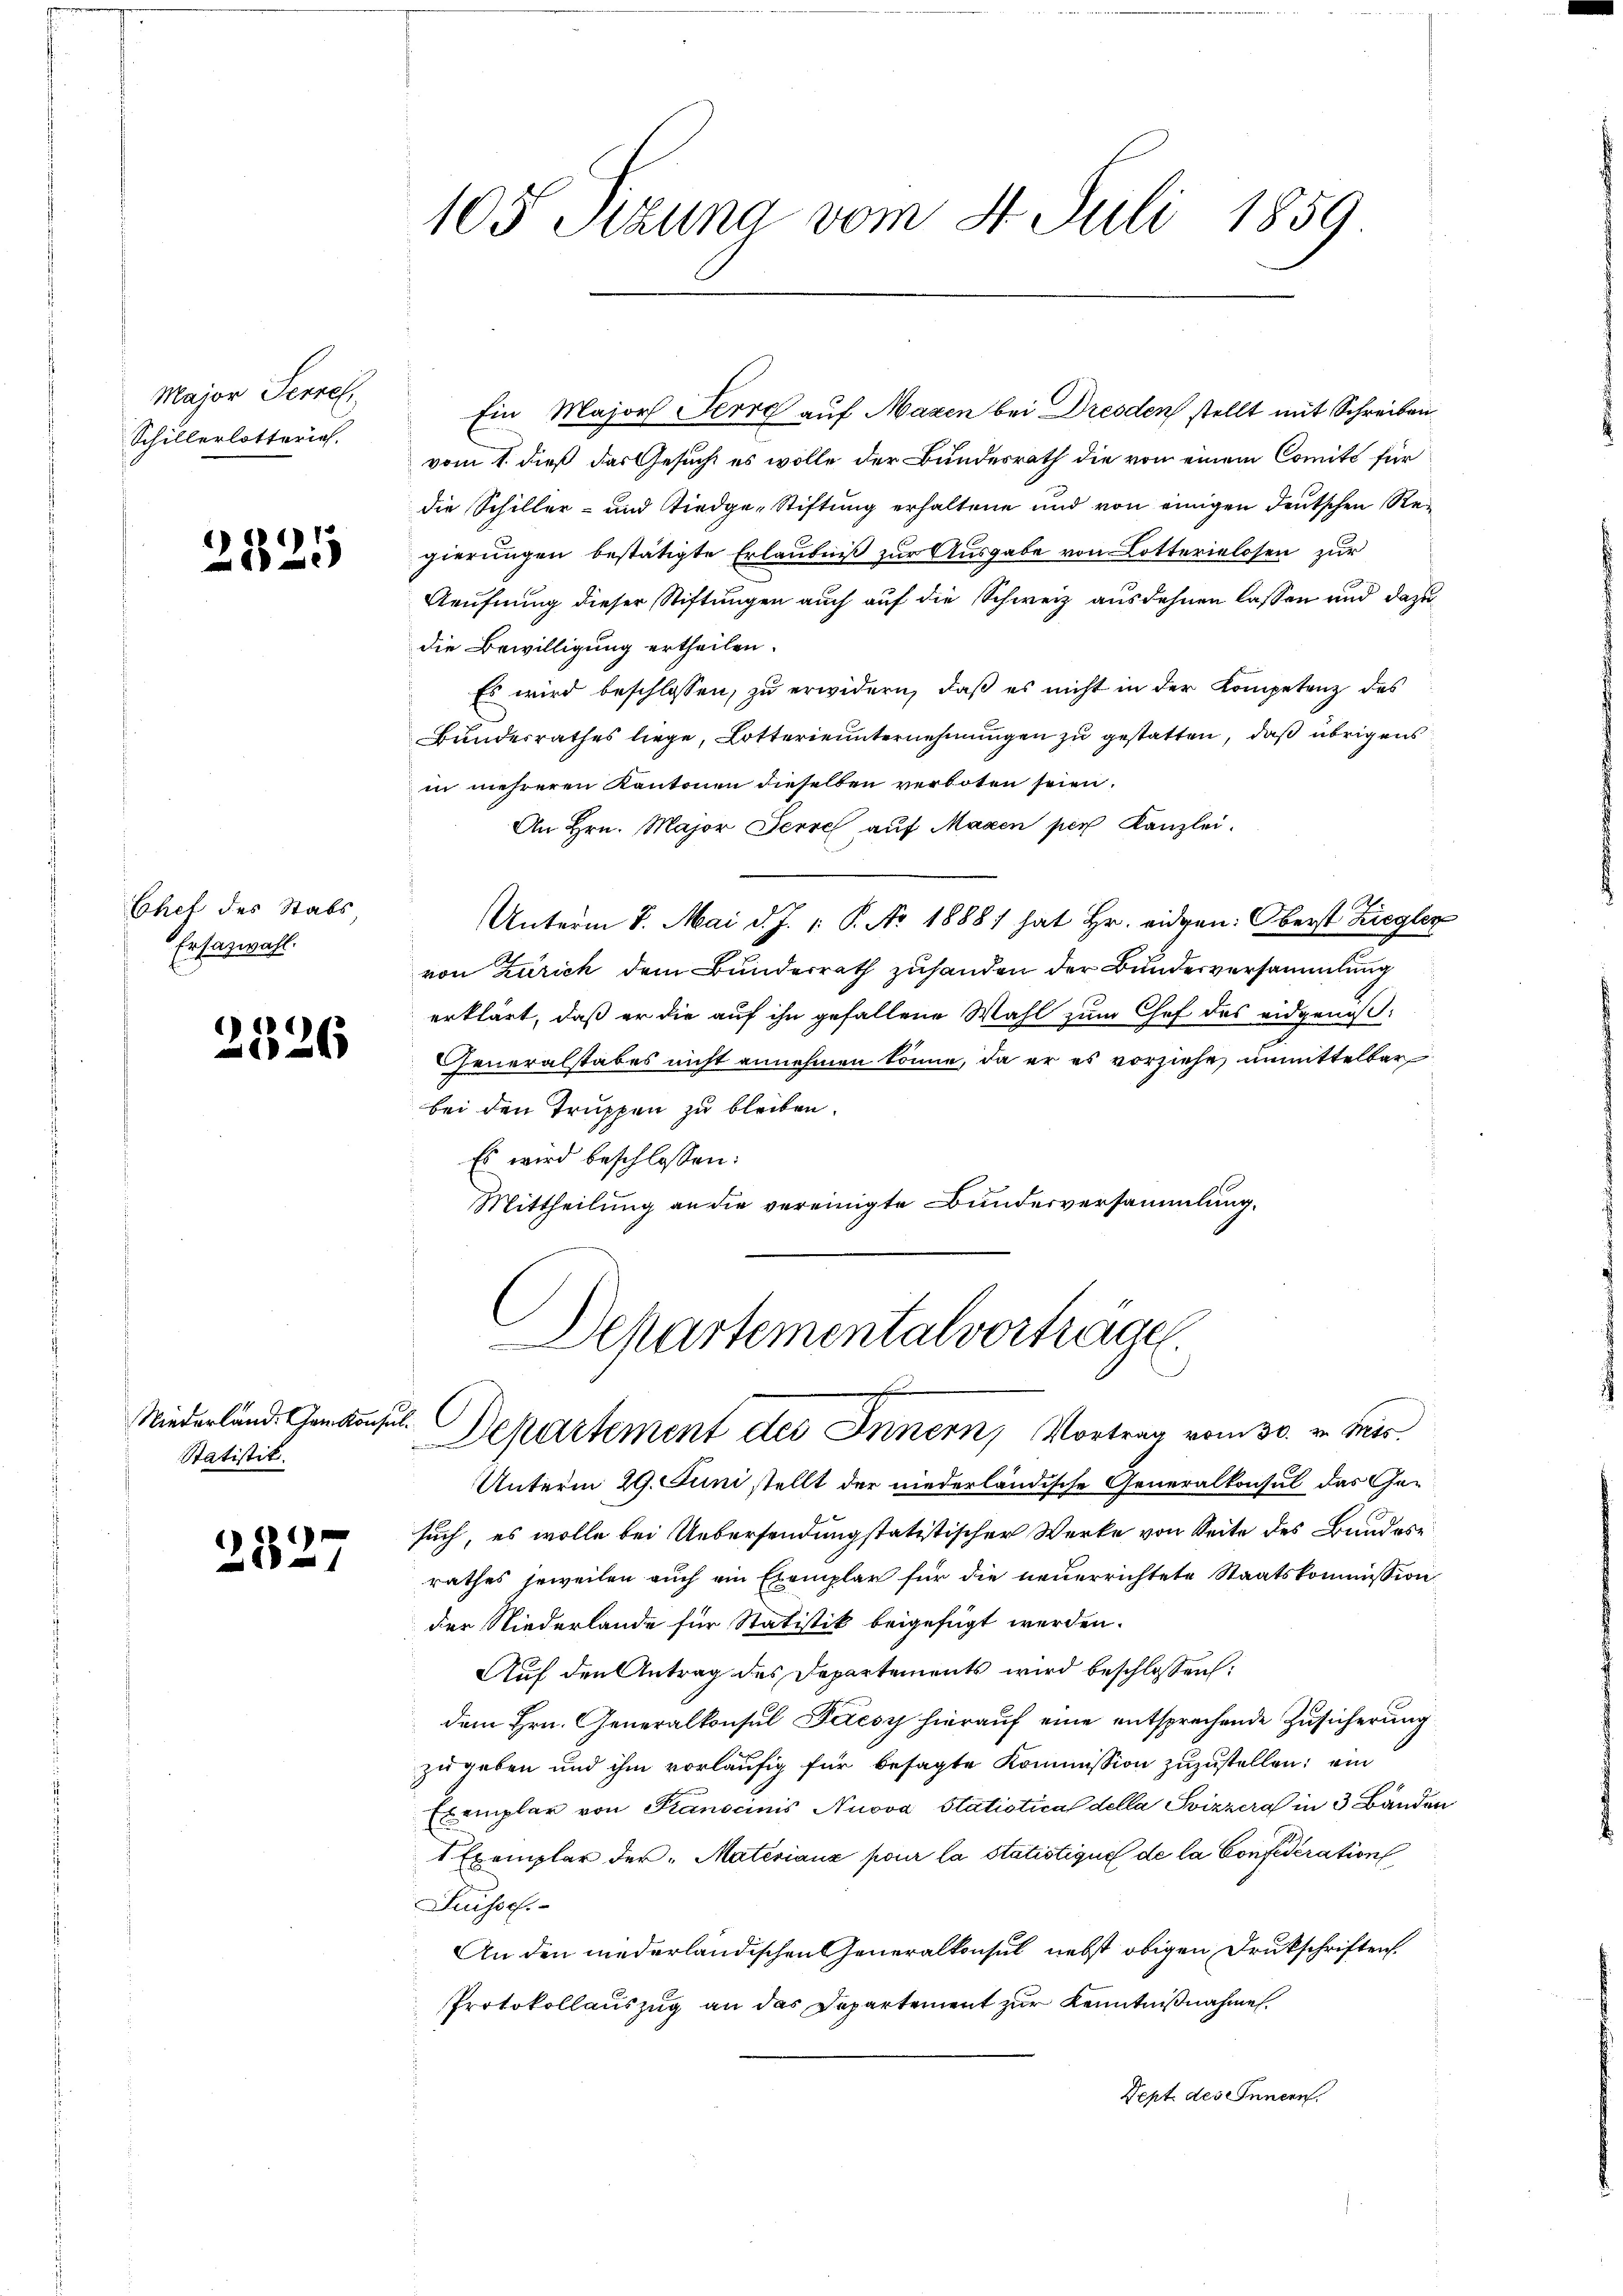
Major Perre
Schillerlotterich.

2825

Ehet des Stabs
Fehazwahl.

2526

Niederland. Cham Konsul¬
Statistik.

2827

105 Sitzung vom 4. Juli 1859

Ein Major Ferre auf Mazen bei Dresden stellt mit Schreiben
vom 1. dieß das Gesucht es wolle der Bundesrath die von einem Comité für
die Schiller- und Riedge-Stiftung erhaltene und von einigen deutschen Regierungen bestätigte Erlaubniß zur Ausgabe von Lotterielosen zur
Aeufnung dieser Stiftungen auch auf die Schweiz ausdehnen lassen und dazu
die Bewilligung ertheilen.
Es wird beschlossen, zu erwidern, daβ es nicht in der Kompetenz des
Bundesrathes liege, Lotterie unternehmungen zu gestatten, daß übrigens
in mehreren Kantonen dieselben verboten seien.
An Hrn. Major Ferre auf Magen per Kanzlei.
Unterm 8. Mai d. J. 1. P. Nr. 1888) hat Hr. eidgen: Oberst Ziegler
von Zürich dem Bundesrath zuhanden der Bundesversammlung
erklärt, daß er die auf ihn gefallene Wahl zum Chef des eidgenoß¬
Generalstabes nicht annehmen könne, da er es vorziehe unmittelbar
bei den Truppen zu bleiben.
Es wird beschlossen:
Mittheilung an die vereinigte Bundesversammlung.

Unterm 29. Juni stellt der niederländische Generalkonsul das Gesuch, es wolle bei Uebersendung statitischer Werke von Seite des Bundes
rathes jeweilen auch ein Exemplar für die neuerrichtete Staatskommission.
der Niederlande für Statistik beigefügt werden.
Auf den Antrag des Departements wird beschlossen:
dem Hrn. Generalkonsul Fetésy hierauf eine entsprechende Zusicherung
zugeben und ihm vorläufig für besagte Kommission zuzustellen; ein
Exemplar von Kanonis Nuova Statiotica della Svizzera in 3 Bänden
1 Exemplar der Materiaux pour la statistique de la Confederation
Suisse.
An den niederländischen Generalkonsul nebst obigen Drukschriften.
Protokollauszug an das Departement zur Kenntnißnahmen.
Dept. des Innern.

Departementalvorträge
 Departement des Innern, Vortrag vom 30. v. Mts.